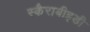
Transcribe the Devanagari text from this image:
स्कैराबीइडी